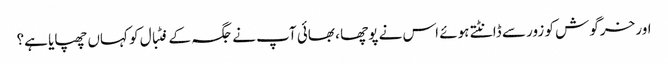
اور خرگوش کو زور سے ڈانٹتے ہوئے اس نے پوچھا ، بھائی آپ نے جگہ کے فٹبال کو کہاں چھپایا ہے؟